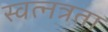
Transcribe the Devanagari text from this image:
स्वत्नत्रता